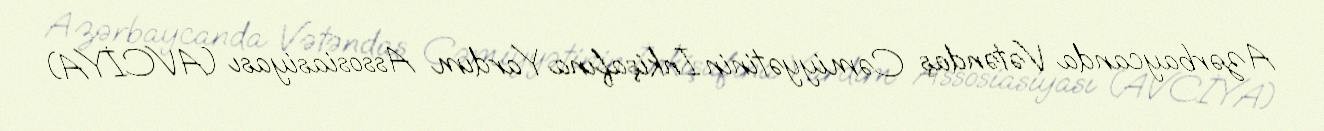
Azərbaycanda Vətəndaş Cəmiyyətinin İnkişafına Yardım Assosiasiyası (AVCİYA)